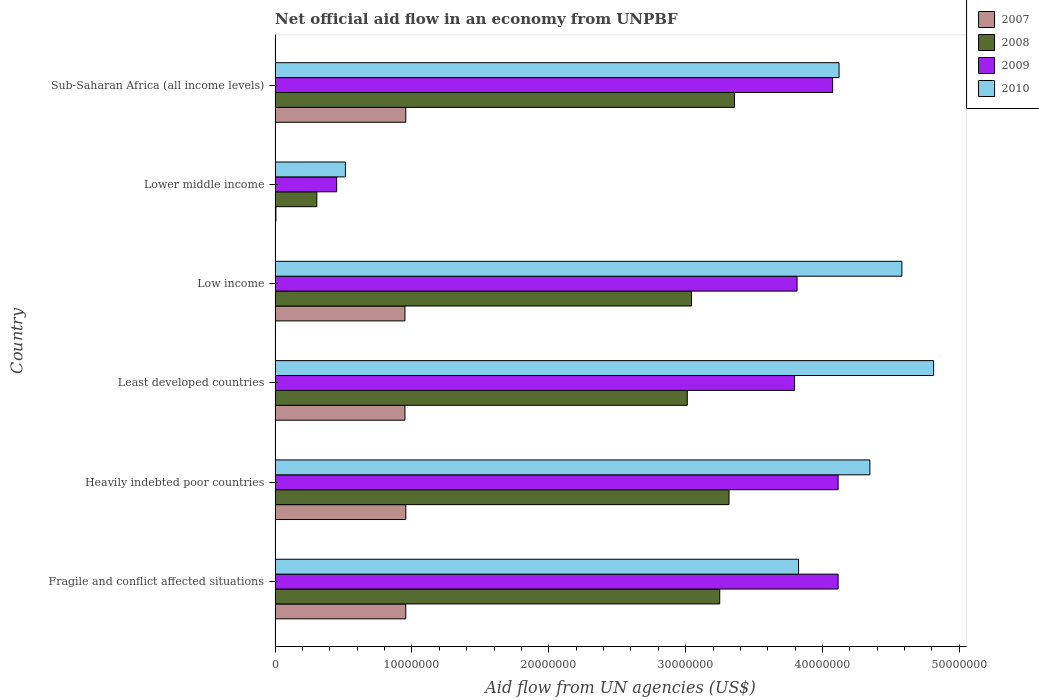
| Country | 2007 | 2008 | 2009 | 2010 |
 | --- | --- | --- | --- | --- |
 | Fragile and conflict affected situations | 9.55e+06 | 3.25e+07 | 4.11e+07 | 3.82e+07 |
 | Heavily indebted poor countries | 9.55e+06 | 3.32e+07 | 4.11e+07 | 4.35e+07 |
 | Least developed countries | 9.49e+06 | 3.01e+07 | 3.8e+07 | 4.81e+07 |
 | Low income | 9.49e+06 | 3.04e+07 | 3.81e+07 | 4.58e+07 |
 | Lower middle income | 6e+04 | 3.05e+06 | 4.5e+06 | 5.14e+06 |
 | Sub-Saharan Africa (all income levels) | 9.55e+06 | 3.36e+07 | 4.07e+07 | 4.12e+07 |